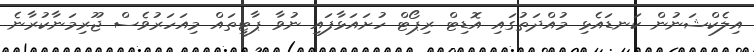
އިލެކްޝަނުން ކަނޑައެޅި މުއްދަތުގައި އޮޑިޓް ރިޕޯޓް ހުށައަޅާފައި ނުވާ ޕާޓީތައް މިއަހަރުވެސް ޖޫރިމަނާކުރާނެ